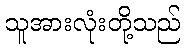
သူအားလုံးတို့သည်